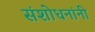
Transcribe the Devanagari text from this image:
संशोधनांनी